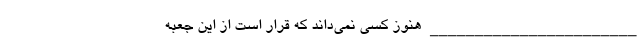
_______________________ هنوز کسی نمی‌داند که قرار است از این جعبه